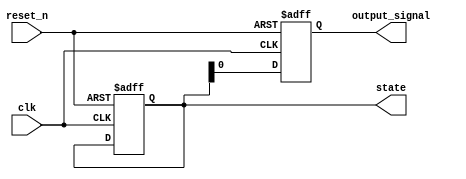
module reset_condition_block (
    input wire clk,           // Clock signal
    input wire reset_n,      // Active low reset signal (active low)
    // Add other input signals as needed
    output reg [7:0] state,  // Example state variable (8-bit register)
    output reg output_signal  // Example output signal
);

// Initial state values
localparam INITIAL_STATE = 8'b00000000; // Define your initial state here

// Synchronous reset logic
always @(posedge clk or negedge reset_n) begin
    if (!reset_n) begin
        // Reset condition: initialize state variables
        state <= INITIAL_STATE;
        output_signal <= 1'b0; // Set output signal during reset
    end else begin
        // Normal operation logic goes here
        // Example: state transitions based on other input signals
        // state <= next_state; // Update state based on your logic
        output_signal <= state[0]; // Example output logic
    end
end

endmodule